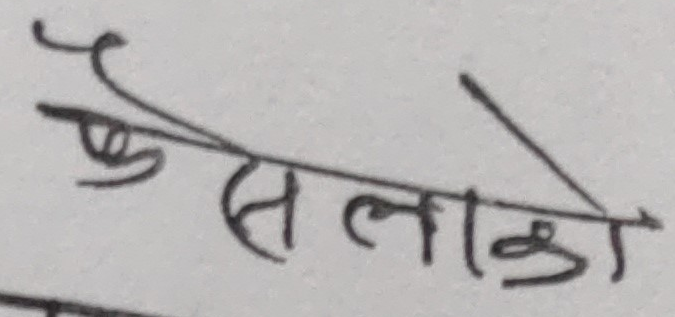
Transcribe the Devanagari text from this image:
एसलाको